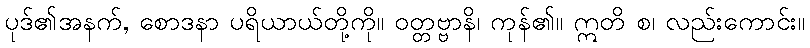
ပုဒ်၏အနက်, စောဒနာ ပရိယာယ်တို့ကို။ ဝတ္တဗ္ဗာနိ၊ ကုန်၏။ ဣတိ စ၊ လည်းကောင်း။